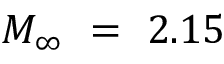
M _ { \infty } ~ = ~ 2 . 1 5